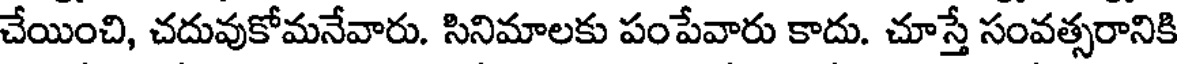
చేయించి, చదువుకోమనేవారు. సినిమాలకు పంపేవారు కాదు. చూస్తే సంవత్సరానికి